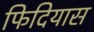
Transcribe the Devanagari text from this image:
फिदियास